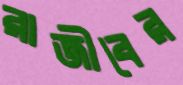
রাজীবের